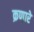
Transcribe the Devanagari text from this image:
क्रणारे